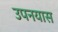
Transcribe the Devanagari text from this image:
उपनयास